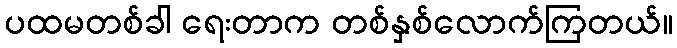
ပထမတစ်ခါ ရေးတာက တစ်နှစ်လောက်ကြတယ်။